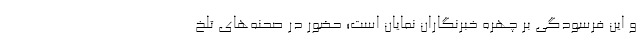
و این فرسودگی بر چهره خبرنگاران نمایان است؛ حضور در صحنه‌های تلخ